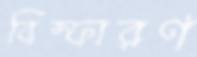
বিস্ফারণ